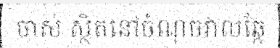
ចាស់ ស្ថិតនៅចំណុចវាលឆ្កែ